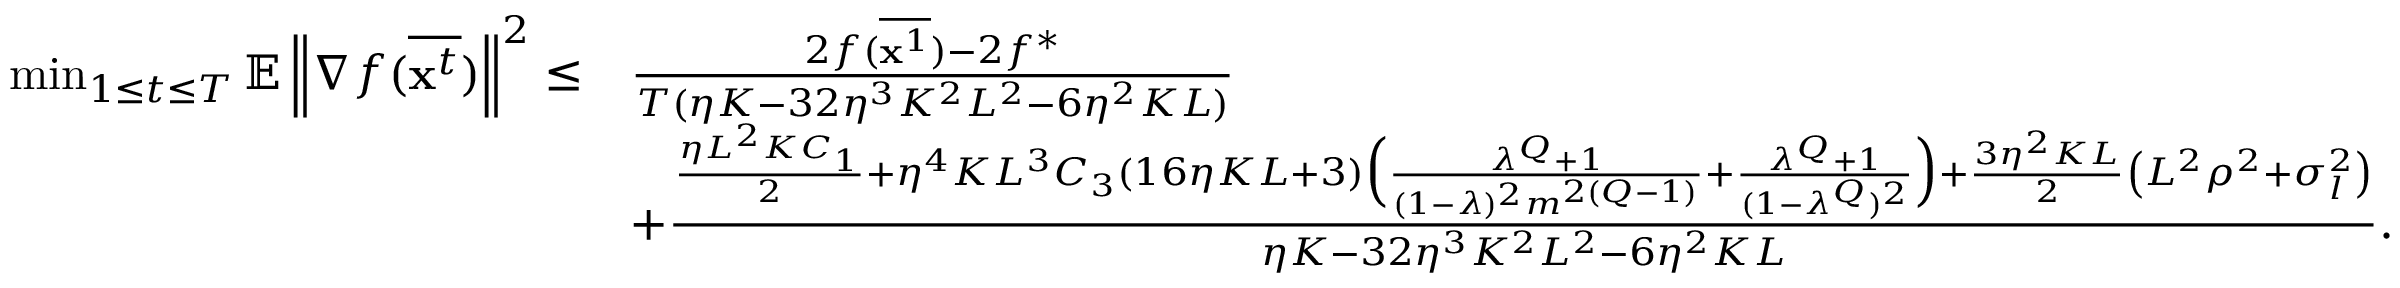
\begin{array} { r l } { \operatorname* { m i n } _ { 1 \le t \le T } \mathbb { E } \left\| \nabla f ( \overline { { \mathbf { x } ^ { t } } } ) \right\| ^ { 2 } \leq } & { \frac { 2 f ( \overline { { { \bf x } ^ { 1 } } } ) - 2 f ^ { * } } { T ( \eta K - 3 2 \eta ^ { 3 } K ^ { 2 } L ^ { 2 } - 6 \eta ^ { 2 } K L ) } } \\ & { + \frac { \frac { \eta L ^ { 2 } K C _ { 1 } } { 2 } + \eta ^ { 4 } K L ^ { 3 } C _ { 3 } ( 1 6 \eta K L + 3 ) \Big ( \frac { \lambda ^ { Q } + 1 } { ( 1 - \lambda ) ^ { 2 } m ^ { 2 ( Q - 1 ) } } + \frac { \lambda ^ { Q } + 1 } { ( 1 - \lambda ^ { Q } ) ^ { 2 } } \Big ) + \frac { 3 \eta ^ { 2 } K L } { 2 } \left( L ^ { 2 } \rho ^ { 2 } + \sigma _ { l } ^ { 2 } \right) } { \eta K - 3 2 \eta ^ { 3 } K ^ { 2 } L ^ { 2 } - 6 \eta ^ { 2 } K L } . } \end{array}